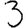
Digit: 3